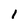
Character: i